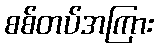
စစ်တပ်အကြား